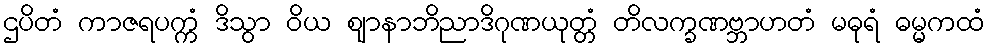
ဌပိတံ ကာဇရပက္ကံ ဒိသွာ ဝိယ ဈာနာဘိညာဒိဂုဏယုတ္တံ တိလက္ခဏဗ္ဘာဟတံ မဓုရံ ဓမ္မကထံ